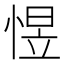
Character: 𱞮